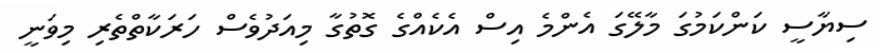
ސިޔާސީ ކަންކަމުގަ މާލޭގަ އެންމެ އިސް އެކެއްގެ ގޮތުގާ މިއަދުވެސް ހަރަކާތްތެރި މިވަނީ